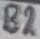
Text: B2